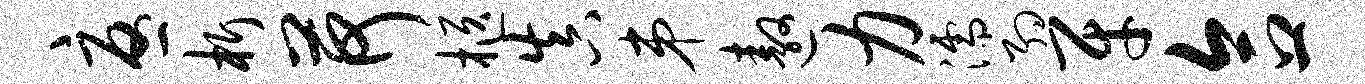
忧析荷柩真弟遨力濡约牙合一